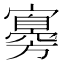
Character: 㝰